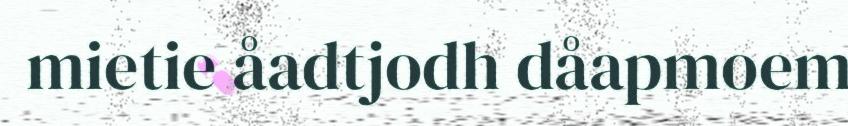
mietie åadtjodh dåapmoem